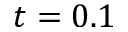
t = 0 . 1